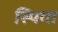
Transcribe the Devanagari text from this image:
स्पिगा